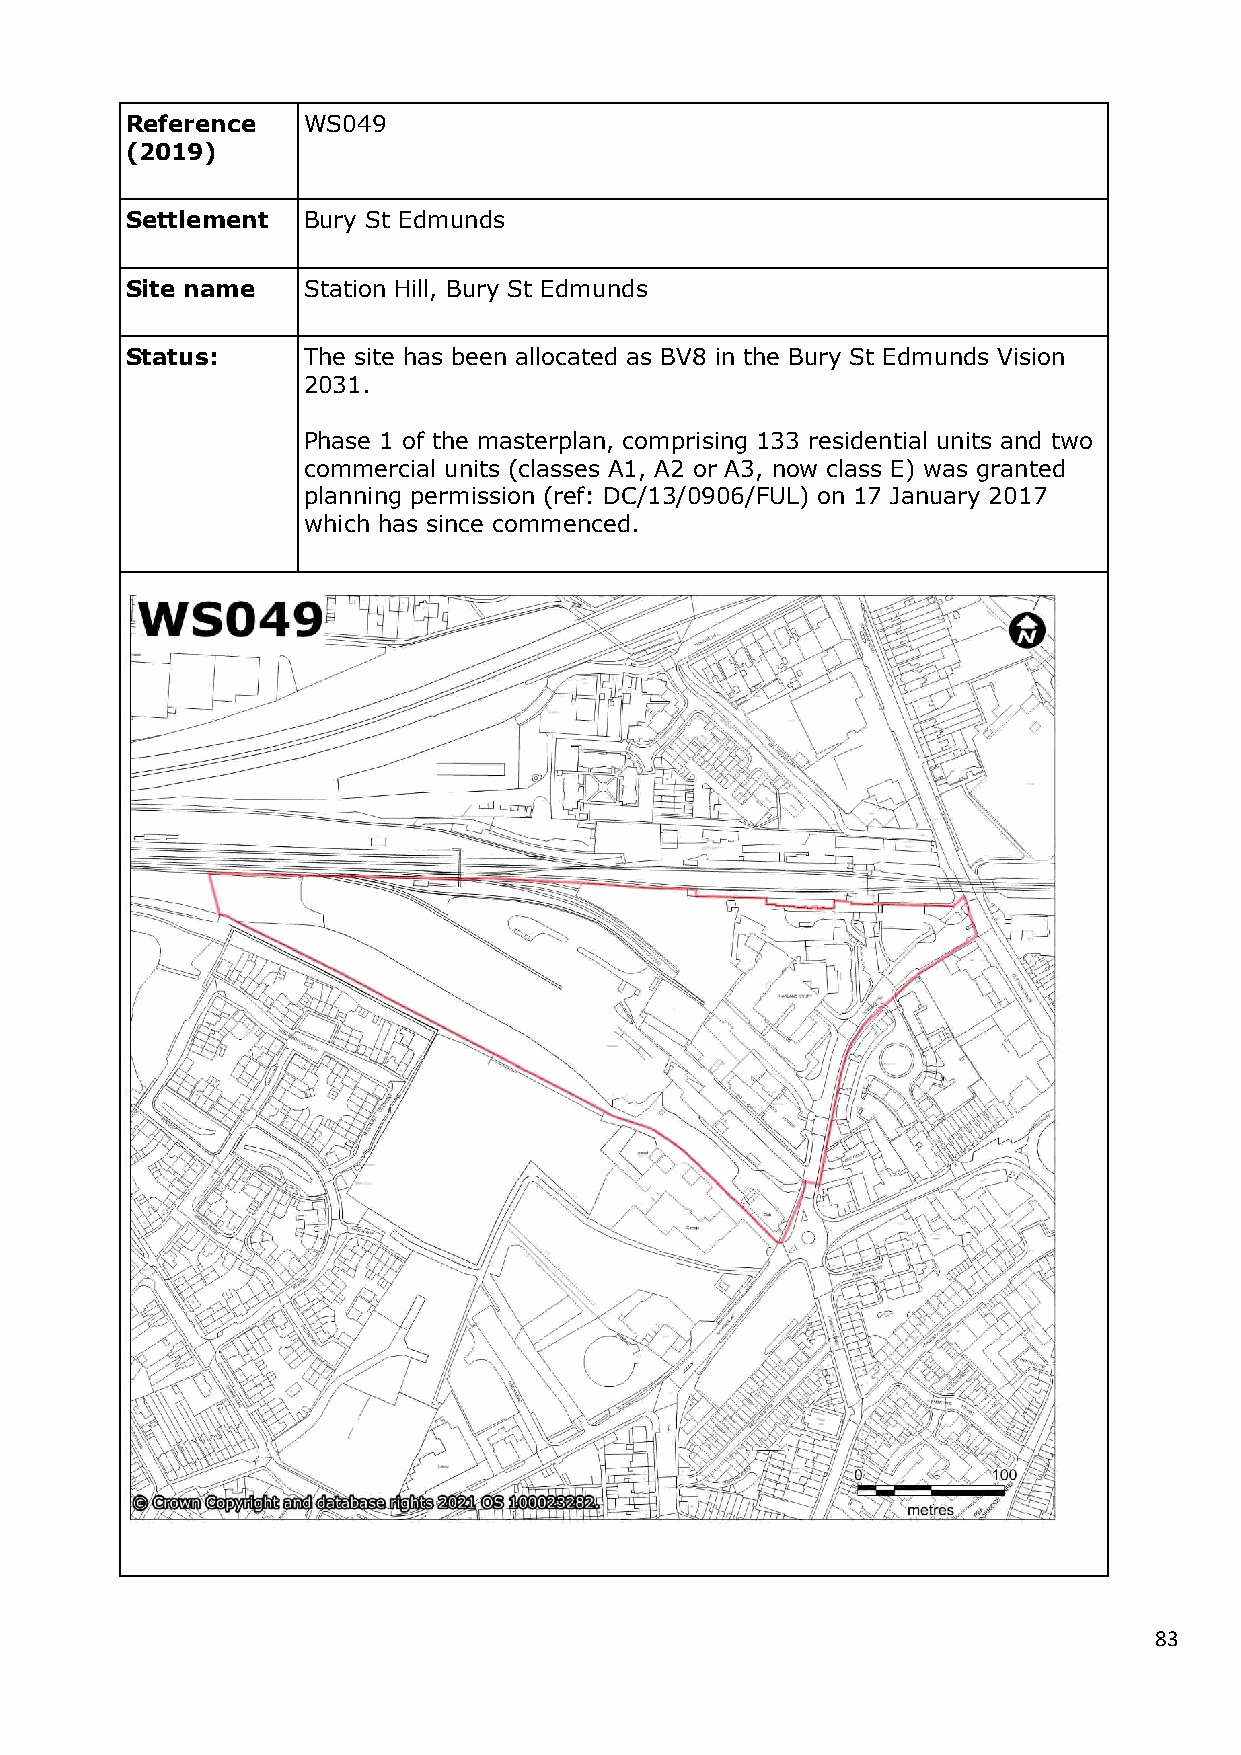
Reference   WS049
 (2019)
 Settlement  Bury St Edmunds
 Site name   Station Hill, Bury St Edmunds
 Status:     The site has been allocated as BV8 in the Bury St Edmunds Vision
 2031.
 Phase 1 of the masterplan, comprising 133 residential units and two
 commercial units (classes A1, A2 or A3, now class E) was granted
 planning permission (ref: DC/13/0906/FUL) on 17 January 2017
 which has since commenced.
 83